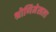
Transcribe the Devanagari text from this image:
श्रोणिमेखला